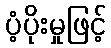
ပံ့ပိုးမှုဖြင့်